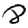
Digit: 8